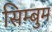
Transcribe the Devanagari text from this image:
सिम्बुम